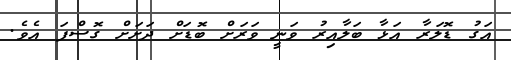
އަގު ޑޮލަރާ އަޅާ ބަލާއިރު ވަނީ ވަރަށް ބޮޑަށް ދަށަށް ގޮސްފަ އެވެ.